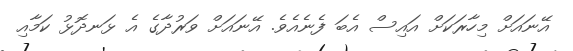
އޭނައަށް މިހާރަކަށް އައިސް އެބަ ފެނެއެވެ. އޭނައަށް ވަރުދާގެ އެ ޅަނދޮޅު ކަމާއި